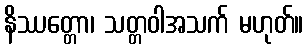
နိဿတ္တော၊ သတ္တဝါအသက် မဟုတ်။